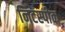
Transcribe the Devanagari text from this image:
निटस्पीक